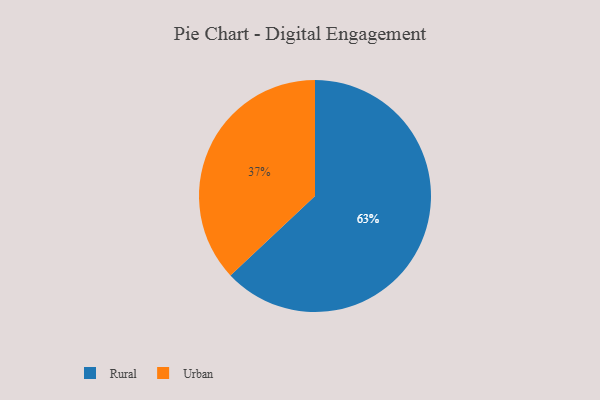
{"axis": {"x": "Category", "y": "Percentage"}, "legend": ["Rural", "Urban"], "data": [{"x": "Urban", "y": 37, "type": "Urban"}, {"x": "Rural", "y": 63, "type": "Rural"}]}